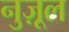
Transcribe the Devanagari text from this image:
नुज़ूल